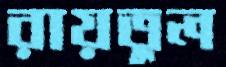
রায়তুল